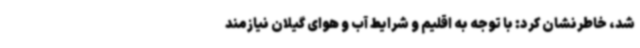
شد، خاطرنشان کرد: با توجه به اقلیم و شرایط آب و هوای گیلان نیازمند